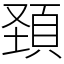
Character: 頚